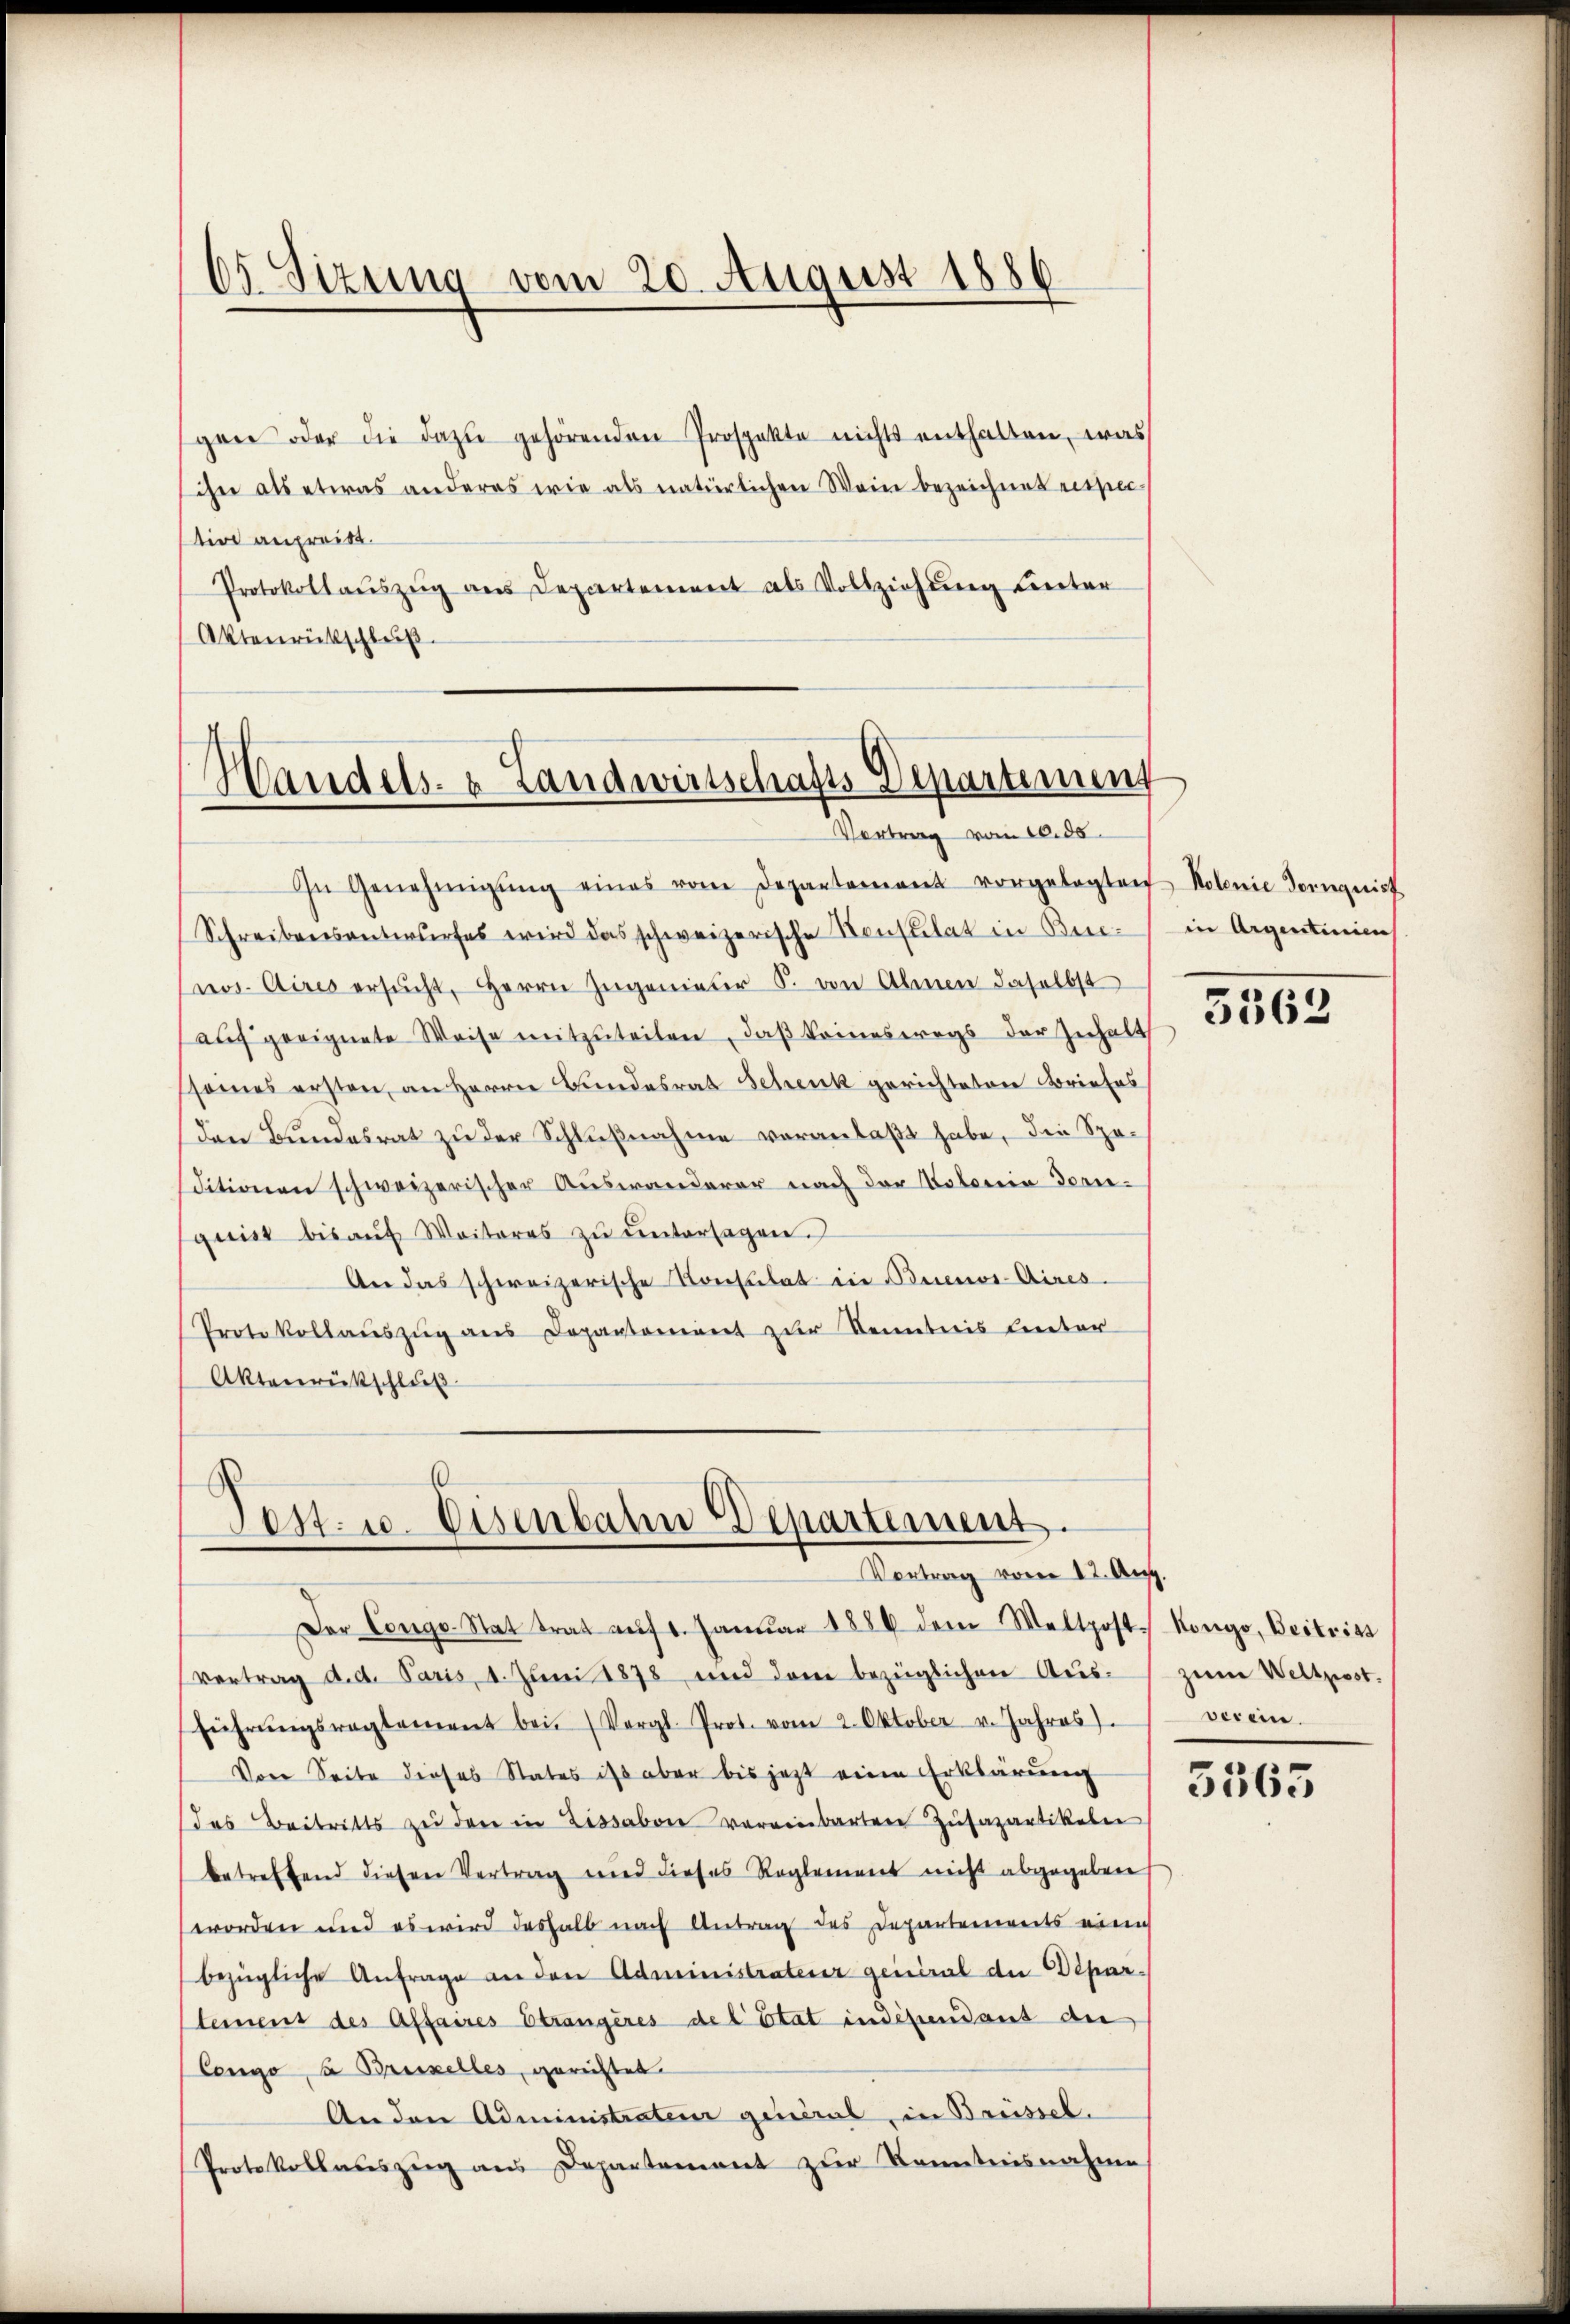
65 Sizung vom 20. August 1886

gen oder die dazŭ gehörenden Prospekte nichts enthalten, was
ihn als etwas anderes wie als natürlichen Wein bezeichnet respec
tin anpreist.
Protokollaŭszŭg ans Departement als Vollziehung unter
Aktenrückschluß

Handels- & Landwirtschafts-Departement
Vortrag vom 10. ds.

In Genehmigŭng eines vom Departement vorgelegten Kolonie Tornquist
Schreibensantwurfes wird das schweizerische Konstitat in Bei-
nos Aires ersucht, Herrn Zugenieser S. von Ahnen daselbst
auch geeignete Weise mitzuteilen, daß keineswegs der Inhalt
ssames ersten, an Herrn Bundesrat Schenk gerichteten Briefes
den Bundesrat zu der Schlußnahme veranlaßt habe, die Speditionen schweizerischer Auswanderer nach der Voloria Ferie-
geist bis aŭf Weiteres zŭ ŭntersagen.
An das schweizerische Konsulat in Buenos-Aires
Protokollaŭszŭg ans Departement zur Kenntnis lector
Aktenrückschluß

Pest. u. Eisenbahn Departement.
Vortrag vom 12. Aug.

Der Congs-Stat trat auf 1. Januar 1886 dem Waltpost Kongo, Beitritt
Vertrag d. d. Paris, 1. Juni 1878 und deren bezüglichen Aŭs- zŭm Weltpost.
führŭngsragtement bei. (Vergl. Prot. vom 2. Oktober v. Jahres verein.
Von Seite dieses States ist aber bis jetzt eine Erklärung
das Beitritts ze der in Lissabon vereinbarten Zusapartikelei
betreffend dieser Vertrag wird dieses Reglement nicht abgegeben
worden und es wird deshalb nach Antrag des Departements eine
bezügliche Anfrage an den Administrateur general die Depar¬
Steinens des Affaires Strangeres de l’Etat indeßendant die
Congo, à Brixelles, gerichtet
Anden Administraten genial, in Brüssel.
Protokollauszug aus Departement zur Kenntnisnahme

in Argentinien

5362

5565